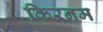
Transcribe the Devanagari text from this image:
किरनम